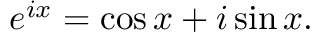
e ^ { i x } = \cos x + i \sin x .